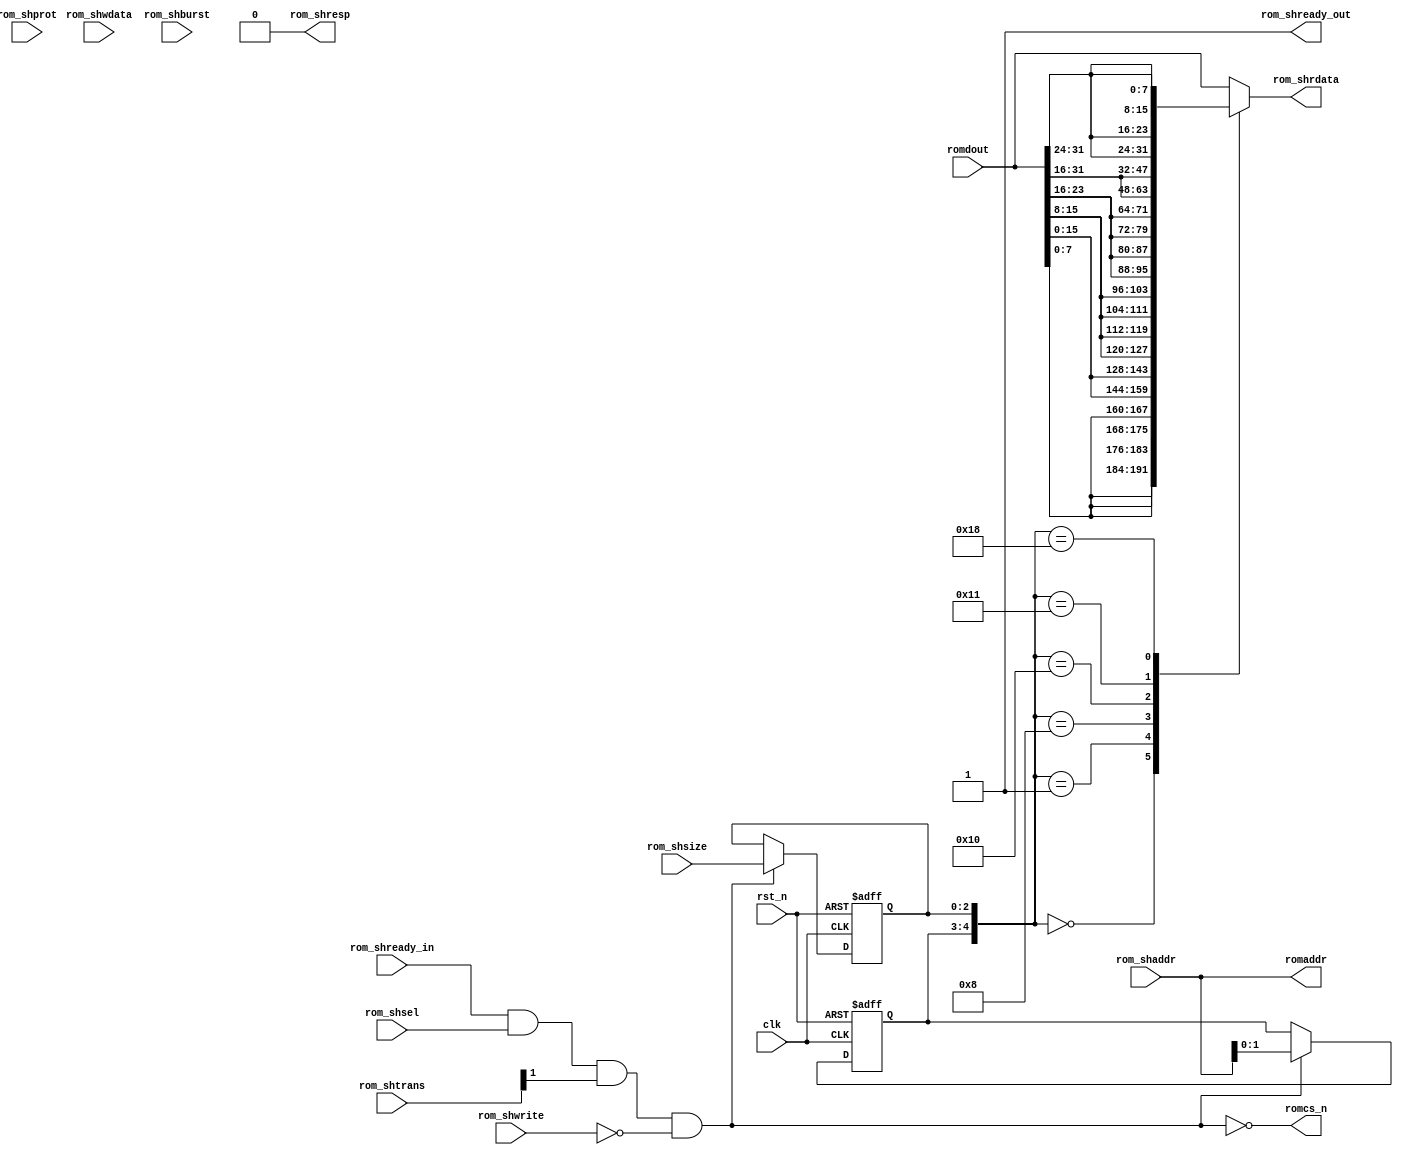

//************************************************************************//
//PODES:    Processor Optimization for Deeply Embedded System                                                                 
//Web:      http://www.mcucore.org                        
//Bug report: sunyata.peng@foxmail.com                                                                          
//Q_Q:   2143971503         
//************************************************************************//
//                                                                          
//  AMY_M0O - A demo MCU based on PODES_M0O Core                              
//                                      
//                                                                  
//************************************************************************//
// Version     : 1.0
// Description : AHB I/F SROM controller.
//               
// -----------------------------History-----------------------------------//
// Date      BY   Version  Change Description
//
// 20200101  PODES   1.0      Initial Release. 
//                                                                        
//************************************************************************//
// --- CVS information:
// ---    $Author: $
// ---    $Revision: $
// ---    $Id: $
// ---    $Log$ 
//
//************************************************************************//

module  ahb_srom_ctrl
(
        //Ahb clock & reset
          clk,
          rst_n,
        
        //Ahb slave interface
          rom_shready_in,
          rom_shsel,
          rom_shaddr,
          rom_shtrans,
          rom_shwrite,
          rom_shwdata,
          rom_shsize,
          rom_shburst,
          rom_shprot,         
          rom_shrdata,
          rom_shready_out,
          rom_shresp,
        
        //Inner srom interface
          romcs_n,
          romaddr,
          romdout
          
       );

//-----------------------------------------------------------//
//                          PARAMETERS                       //
//-----------------------------------------------------------//


//-----------------------------------------------------------//
//                      INPUTS/OUTPUTS                       //
//-----------------------------------------------------------//  
input          clk;
input          rst_n;

input           rom_shready_in;
input           rom_shsel;
input  [31:0]   rom_shaddr;
input  [1:0]    rom_shtrans;
input           rom_shwrite;
input  [31:0]   rom_shwdata;
input  [2:0]    rom_shsize;  
input  [2:0]    rom_shburst;   
input  [3:0]    rom_shprot;  
output [31:0]   rom_shrdata;           
output          rom_shready_out;
output          rom_shresp;

output          romcs_n;
output  [31:0]  romaddr;
input   [31:0]  romdout;


//-----------------------------------------------------------//
//                    REGISTERS & WIRES                      //
//-----------------------------------------------------------//
               
reg [31:0]   rom_shrdata;           
wire         rom_shready_out;
wire         rom_shresp;

wire           romcs_n;
wire  [31:0]   romaddr;



//-----------------------------------------------------------//
//                          ARCHITECTURE                     //
//-----------------------------------------------------------//
//This design only valid for 0 waitstate synchronous ROM. 
//wire rom_range = (rom_shaddr[31:29] == 3'b000) ? 1'b1 : 1'b0;

wire rom_ahb_rd  = rom_shready_in & rom_shsel & rom_shtrans[1] & ~rom_shwrite ;//& rom_range;

assign romcs_n = ~ rom_ahb_rd;
assign romaddr = rom_shaddr;

assign rom_shready_out = 1'b1;
assign rom_shresp = 1'b0;

reg [1:0] romaddr_1_0_reg;
reg [2:0] rom_shsize_reg;
always @(posedge clk or negedge rst_n)
begin
    if (~rst_n)
    begin
       romaddr_1_0_reg <= 2'h0;
       rom_shsize_reg  <= 3'h0;
    end
    else if (rom_ahb_rd)
    begin 
       romaddr_1_0_reg <= romaddr[1:0];
       rom_shsize_reg  <= rom_shsize;
    end                                 
end


//byte enable for little endian
always @ *
begin
    case ({romaddr_1_0_reg,rom_shsize_reg})
    5'b00000: rom_shrdata = {4{romdout[7:0]}};
    5'b00001: rom_shrdata = {2{romdout[15:0]}};
    5'b00010: rom_shrdata = romdout;
    5'b01000: rom_shrdata = {4{romdout[15:8]}};
    5'b10000: rom_shrdata = {4{romdout[23:16]}};
    5'b10001: rom_shrdata = {2{romdout[31:16]}};
    5'b11000: rom_shrdata = {4{romdout[31:24]}};
    default : rom_shrdata = romdout; //all other cases are unexpected.
    endcase
end

  
endmodule